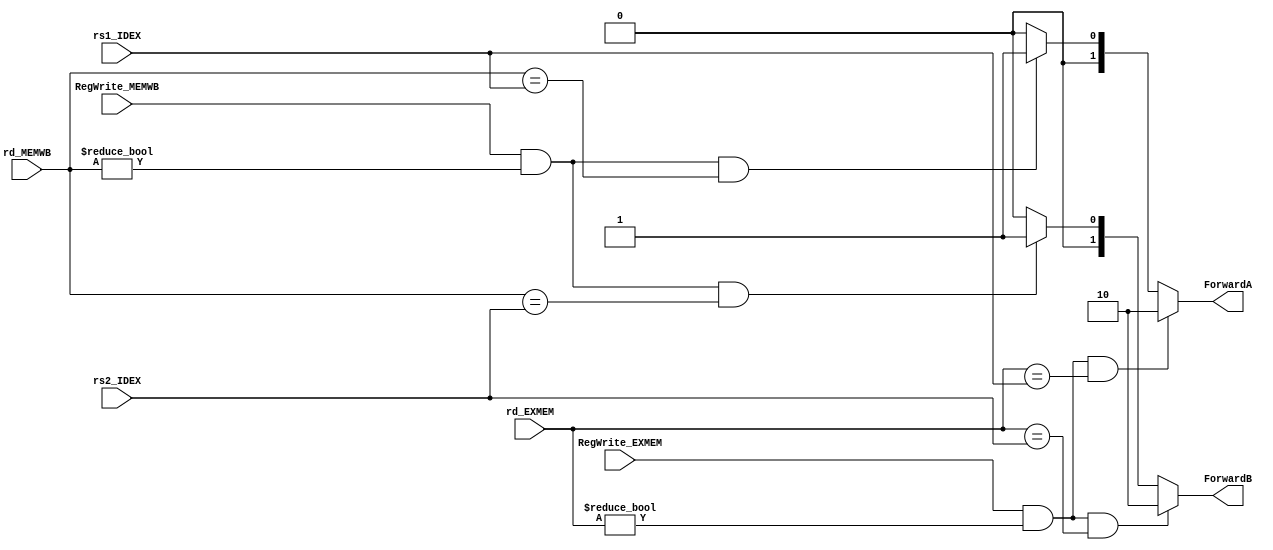
module Forwarding_unit(rs1_IDEX, rs2_IDEX, rd_EXMEM, rd_MEMWB, RegWrite_EXMEM, RegWrite_MEMWB, ForwardA, ForwardB);

input [4:0] rs1_IDEX, rs2_IDEX, rd_EXMEM, rd_MEMWB;
input [0:0] RegWrite_EXMEM, RegWrite_MEMWB;
output reg [0:1] ForwardA, ForwardB;

always @ ( * ) begin
    {ForwardA, ForwardB} <= 0;

    if (RegWrite_EXMEM && rd_EXMEM != 0 && rd_EXMEM == rs1_IDEX) ForwardA <= 2'b10;
    else if (RegWrite_MEMWB && rd_MEMWB != 0 && rd_MEMWB == rs1_IDEX) ForwardA <= 2'b01;

    if (RegWrite_EXMEM && rd_EXMEM != 0 && rd_EXMEM == rs2_IDEX) ForwardB <= 2'b10;
    else if (RegWrite_MEMWB && rd_MEMWB != 0 && rd_MEMWB == rs2_IDEX) ForwardB <= 2'b01;
end

endmodule